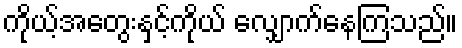
ကိုယ့်အတွေးနှင့်ကိုယ် လျှောက်နေကြသည်။